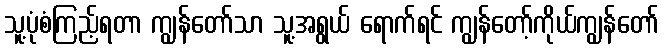
သူ့ပုံစံကြည့်ရတာ ကျွန်တော်သာ သူ့အရွယ် ရောက်ရင် ကျွန်တော့်ကိုယ်ကျွန်တော်